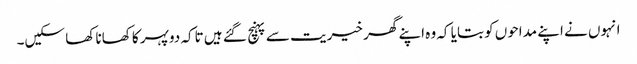
انہوں نے اپنے مداحوں کو بتایا کہ وہ اپنے گھر خیریت سے پہنچ گئے ہیں تاکہ دوپہر کا کھانا کھا سکیں۔